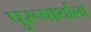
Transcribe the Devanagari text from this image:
पुरूषार्थाला